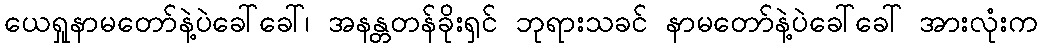
ယေရှုနာမတော်နဲ့ပဲခေါ်ခေါ်၊ အနန္တတန်ခိုးရှင် ဘုရားသခင် နာမတော်နဲ့ပဲခေါ်ခေါ် အားလုံးက